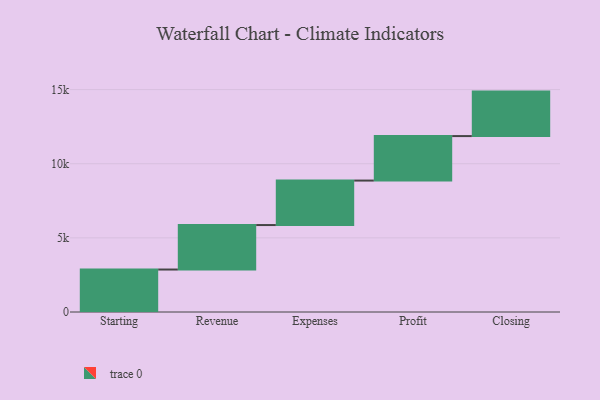
{"axis": {"x": "Step", "y": "Value"}, "legend": [""], "data": [{"x": "Starting", "y": 2864.0, "type": ""}, {"x": "Revenue", "y": 3000, "type": ""}, {"x": "Expenses", "y": 3000, "type": ""}, {"x": "Profit", "y": 3000, "type": ""}, {"x": "Closing", "y": 3000, "type": ""}]}